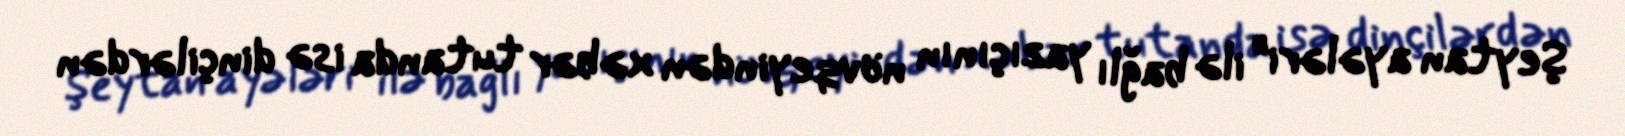
Şeytan ayələri" ilə bağlı yazıçının növqeyindən xəbər tutanda isə dinçilərdən